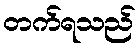
တက်ရသည်